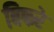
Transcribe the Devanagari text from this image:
बिफरे